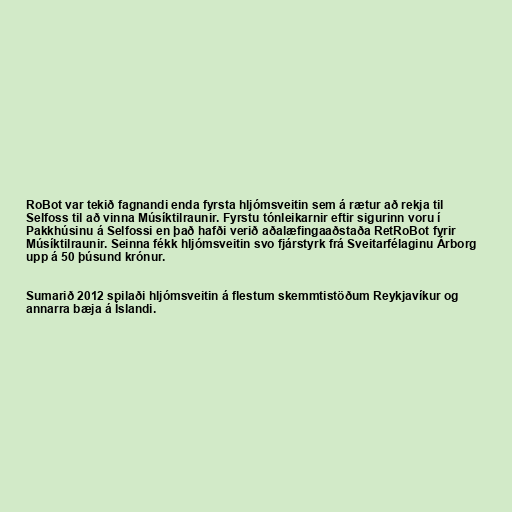
RoBot var tekið fagnandi enda fyrsta hljómsveitin sem á rætur að rekja til
Selfoss til að vinna Músíktilraunir. Fyrstu tónleikarnir eftir sigurinn voru í
Pakkhúsinu á Selfossi en það hafði verið aðalæfingaaðstaða RetRoBot fyrir
Músíktilraunir. Seinna fékk hljómsveitin svo fjárstyrk frá Sveitarfélaginu Árborg
upp á 50 þúsund krónur.

Sumarið 2012 spilaði hljómsveitin á flestum skemmtistöðum Reykjavíkur og
annarra bæja á Íslandi.